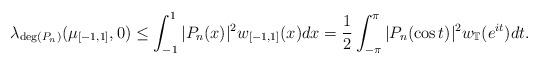
LaTeX: \begin{align*} \lambda_{\deg(P_n)}(\mu_{[-1,1]},0) \leq \int_{-1}^{1} |P_n(x)|^2 w_{[-1,1]}(x) dx = \frac{1}{2} \int_{-\pi}^{\pi} |P_n(\cos t)|^2 w_\mathbb{T}(e^{it}) dt.\end{align*}